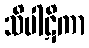
သိပါဋိကာ